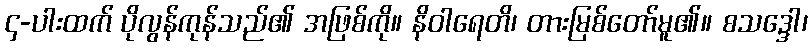
၄-ပါးထက် ပိုလွန်ကုန်သည်၏ အဖြစ်ကို။ နိဝါရေတိ၊ တားမြစ်တော်မူ၏။ စသဒ္ဒေါ၊